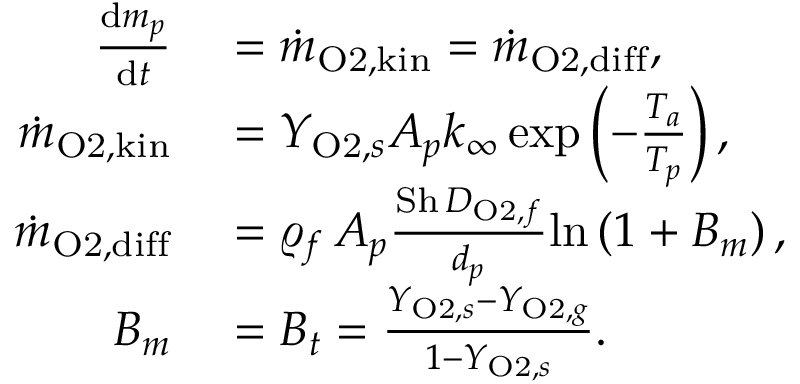
\begin{array} { r l } { \frac { \mathrm { d } m _ { p } } { \mathrm { d } t } } & { { } = \dot { m } _ { \mathrm { O 2 , k i n } } = \dot { m } _ { \mathrm { O 2 , d i f f } } , } \\ { \dot { m } _ { \mathrm { O 2 , k i n } } } & { { } = Y _ { \mathrm { O 2 } , s } A _ { p } k _ { \infty } \, \mathrm { e x p } \left( - \frac { T _ { a } } { T _ { p } } \right) , } \\ { \dot { m } _ { \mathrm { O 2 , d i f f } } } & { { } = \varrho _ { f } \, A _ { p } \frac { \mathrm { S h } \, D _ { \mathrm { O 2 } , f } } { d _ { p } } \mathrm { l n } \left( 1 + B _ { m } \right) , } \\ { B _ { m } } & { { } = B _ { t } = \frac { Y _ { \mathrm { O 2 } , s } - Y _ { \mathrm { O 2 } , g } } { 1 - Y _ { \mathrm { O 2 } , s } } . } \end{array}